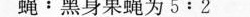
蝇﹔黑身果蝇为5:2